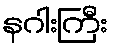
နဂါးကြီး